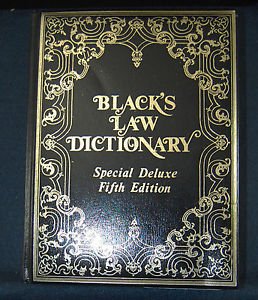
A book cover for Black's Law Dictionary: Special Deluxe Fifth Edition; Law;